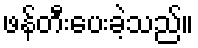
ဖန်တီးပေးခဲ့သည်။